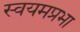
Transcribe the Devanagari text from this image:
स्वयमप्रभा